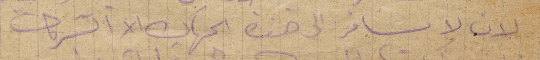
لان لا يسافر الى هذه الجهات الا الشركات